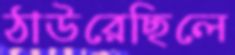
ঠাউরেছিলে